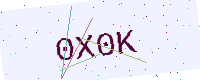
Text: 0X0K